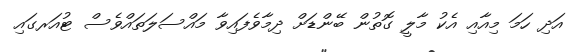
އަދި ހަމަ މިއާއި އެކު މާލީ ގޮތުން ބޭންޑަށް ދިމާވެފައިވާ މައްސަލަތައްވެސް ޓުއަރގައި